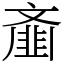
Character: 齑